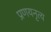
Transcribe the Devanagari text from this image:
प्रणयनृत्य